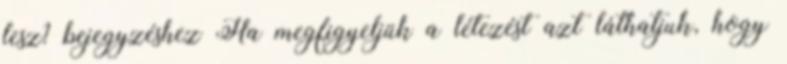
lesz? bejegyzéshez Ha megfigyeljük a létezést azt láthatjuk, hogy